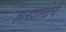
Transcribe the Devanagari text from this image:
ज्ञानशाखेचे